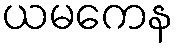
ယမကေန